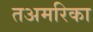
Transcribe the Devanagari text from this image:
तअमरिका